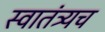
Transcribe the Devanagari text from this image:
स्वातंत्र्यच